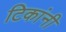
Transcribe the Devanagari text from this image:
टिकांनी